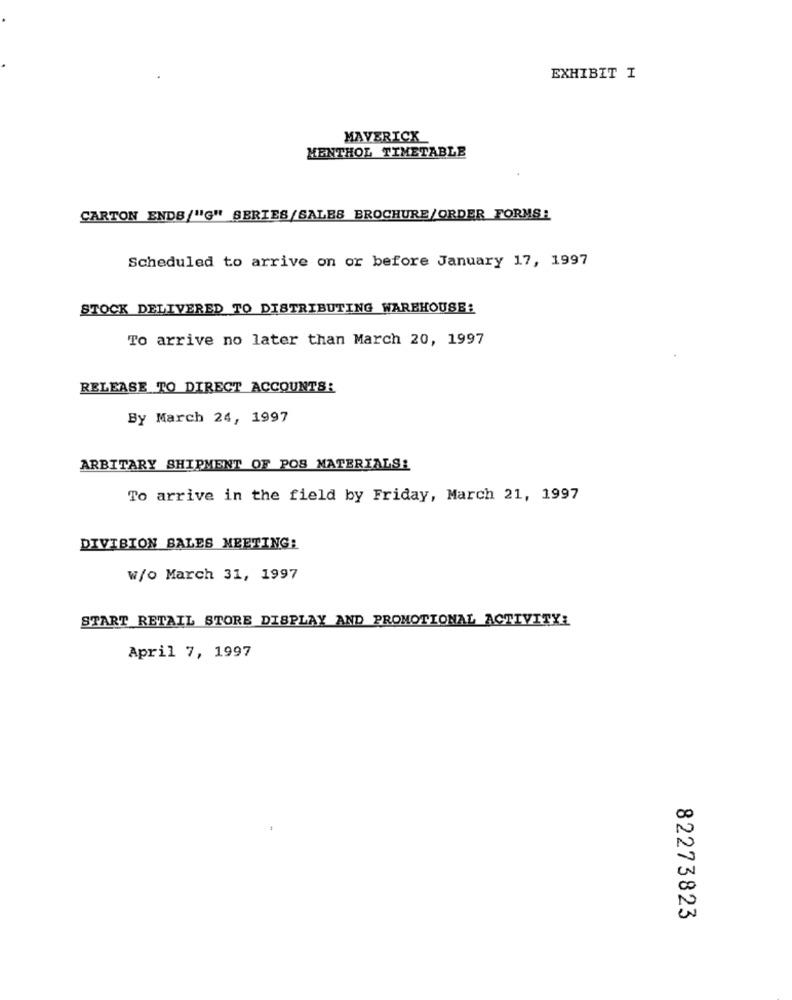
EXHIBIT I
MAVERICK
MENTHOL TIMETABLE
CARTON ENDS/"G" SERIES/SALES BROCHURE/ORDER FORMS:
Scheduled to arrive on or before January 17, 1997
STOCK DELIVERED TO DISTRIBUTING WAREHOUSE:
To arrive no later than March 20, 1997
RELEASE TO DIRECT ACCOUNTS:
By March 24, 1997
ARBITARY SHIPMENT OF POS MATERIALS!
To arrive in the field by Friday, March 21, 1997
DIVISION SALES MEETING:
w/o March 31, 1997
START RETAIL STORE DISPLAY AND PROMOTIONAL ACTIVITY!
April 7, 1997
82273823